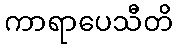
ကာရာပေသီတိ